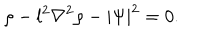
\rho - l ^ { 2 } \nabla ^ { 2 } \rho - | \Psi | ^ { 2 } = 0 .